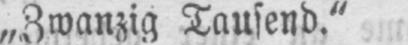
„Zwanzig Tausend.“